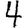
Digit: 4